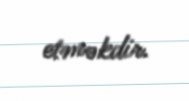
etməkdir.